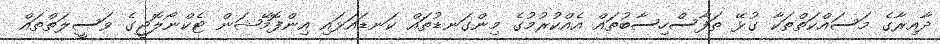
ދާއިރާގެ މަސައްކަތްތަކާ ގުޅޭ ތަފާސްހިސާބުތައް އެއްކުރުމުގެ މިންގަނޑުތައް ކަނޑައަޅައި އިންފޮމޭޝަން ޓެކްނޯލޮޖީގެ ވަސީލަތްތައް